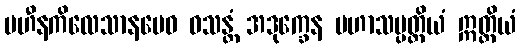
ပဟီနကိလေသာနမေဝ ဝသန္တံ အဒုက္ခေန မဟာသမ္ပတ္တိယံ ဣတ္ထိယံ